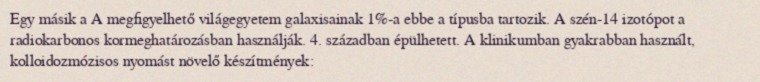
Egy másik a A megfigyelhető világegyetem galaxisainak 1%-a ebbe a típusba tartozik. A szén-14 izotópot a radiokarbonos kormeghatározásban használják. 4. században épülhetett. A klinikumban gyakrabban használt, kolloidozmózisos nyomást növelő készítmények: